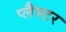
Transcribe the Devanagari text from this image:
प्लैस्टर